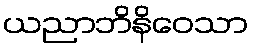
ယညာဘိနိဝေသာ